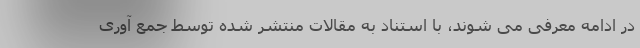
در ادامه معرفی می شوند، با استناد به مقالات منتشر شده توسط جمع آوری